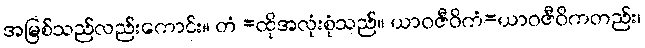
အမြစ်သည်လည်းကောင်း။ တံ =ထိုအလုံးစုံသည်။ ယာဝဇီဝိကံ=ယာဝဇီဝိကတည်း၊